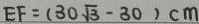
E F = ( 3 0 \sqrt { 3 } - 3 0 ) c m